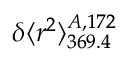
\delta \langle r ^ { 2 } \rangle _ { 3 6 9 . 4 } ^ { A , 1 7 2 }